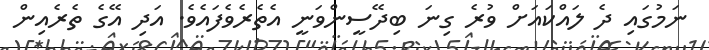
ނަމުގައި ދެ ލައްކައަށް ވުރެ ގިނަ ބިދޭސީންވަނީ އެތެރެވެފައެވެެ. އަދި އޭގެ ތެރެއިން